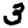
Digit: 3